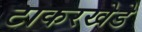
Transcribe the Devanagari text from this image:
टाकरखेडे